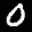
Label: 0